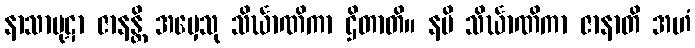
နာသာပုဋာ ဇာနန္တိ အမှေသု သိင်္ဃာဏိကာ ဌိတာတိ။ နပိ သိင်္ဃာဏိကာ ဇာနာတိ အဟံ